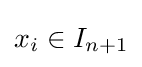
x_{i}\in I_{n+1}